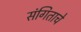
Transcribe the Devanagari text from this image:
संगिताचे